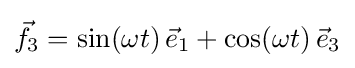
{\vec {f}}_{3}=\sin(\omega t)\,{\vec {e}}_{1}+\cos(\omega t)\,{\vec {e}}_{3}